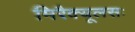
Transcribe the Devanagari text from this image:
मिरैक्यूलसः